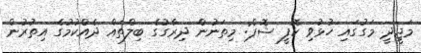
މަޖީދީ މަގުގައި ހުޅުވި ކޮފީ ޝޮޕް: މިތަނުން ދިރާގުގެ ބިލްތައް ދެއްކުމުގެ އިތުރުން